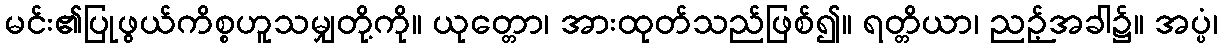
မင်း၏ပြုဖွယ်ကိစ္စဟူသမျှတို့ကို။ ယုတ္တော၊ အားထုတ်သည်ဖြစ်၍။ ရတ္တိယာ၊ ညဉ့်အခါ၌။ အပ္ပံ၊